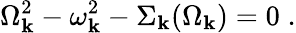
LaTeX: \Omega_{\mathbf{k}}^{2}-\omega_{\mathbf{k}}^{2}-\Sigma_{\mathbf{k}}(\Omega_{\mathbf{k}})=0\; .